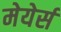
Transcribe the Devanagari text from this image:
मेयेर्स